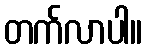
တက်လာပါ။